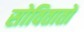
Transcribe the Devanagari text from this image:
सोवितातों